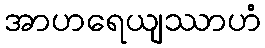
အာဟရေယျဿာဟံ